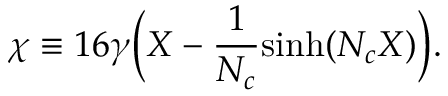
\chi \equiv 1 6 \gamma \Big ( X - { \frac { 1 } { N _ { c } } } \mathrm { s i n h } ( N _ { c } X ) \Big ) .